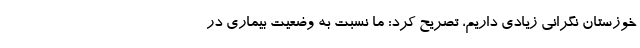
خوزستان نگرانی زیادی داریم، تصریح کرد: ما نسبت به وضعیت بیماری در